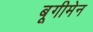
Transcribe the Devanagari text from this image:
बूगीमेन